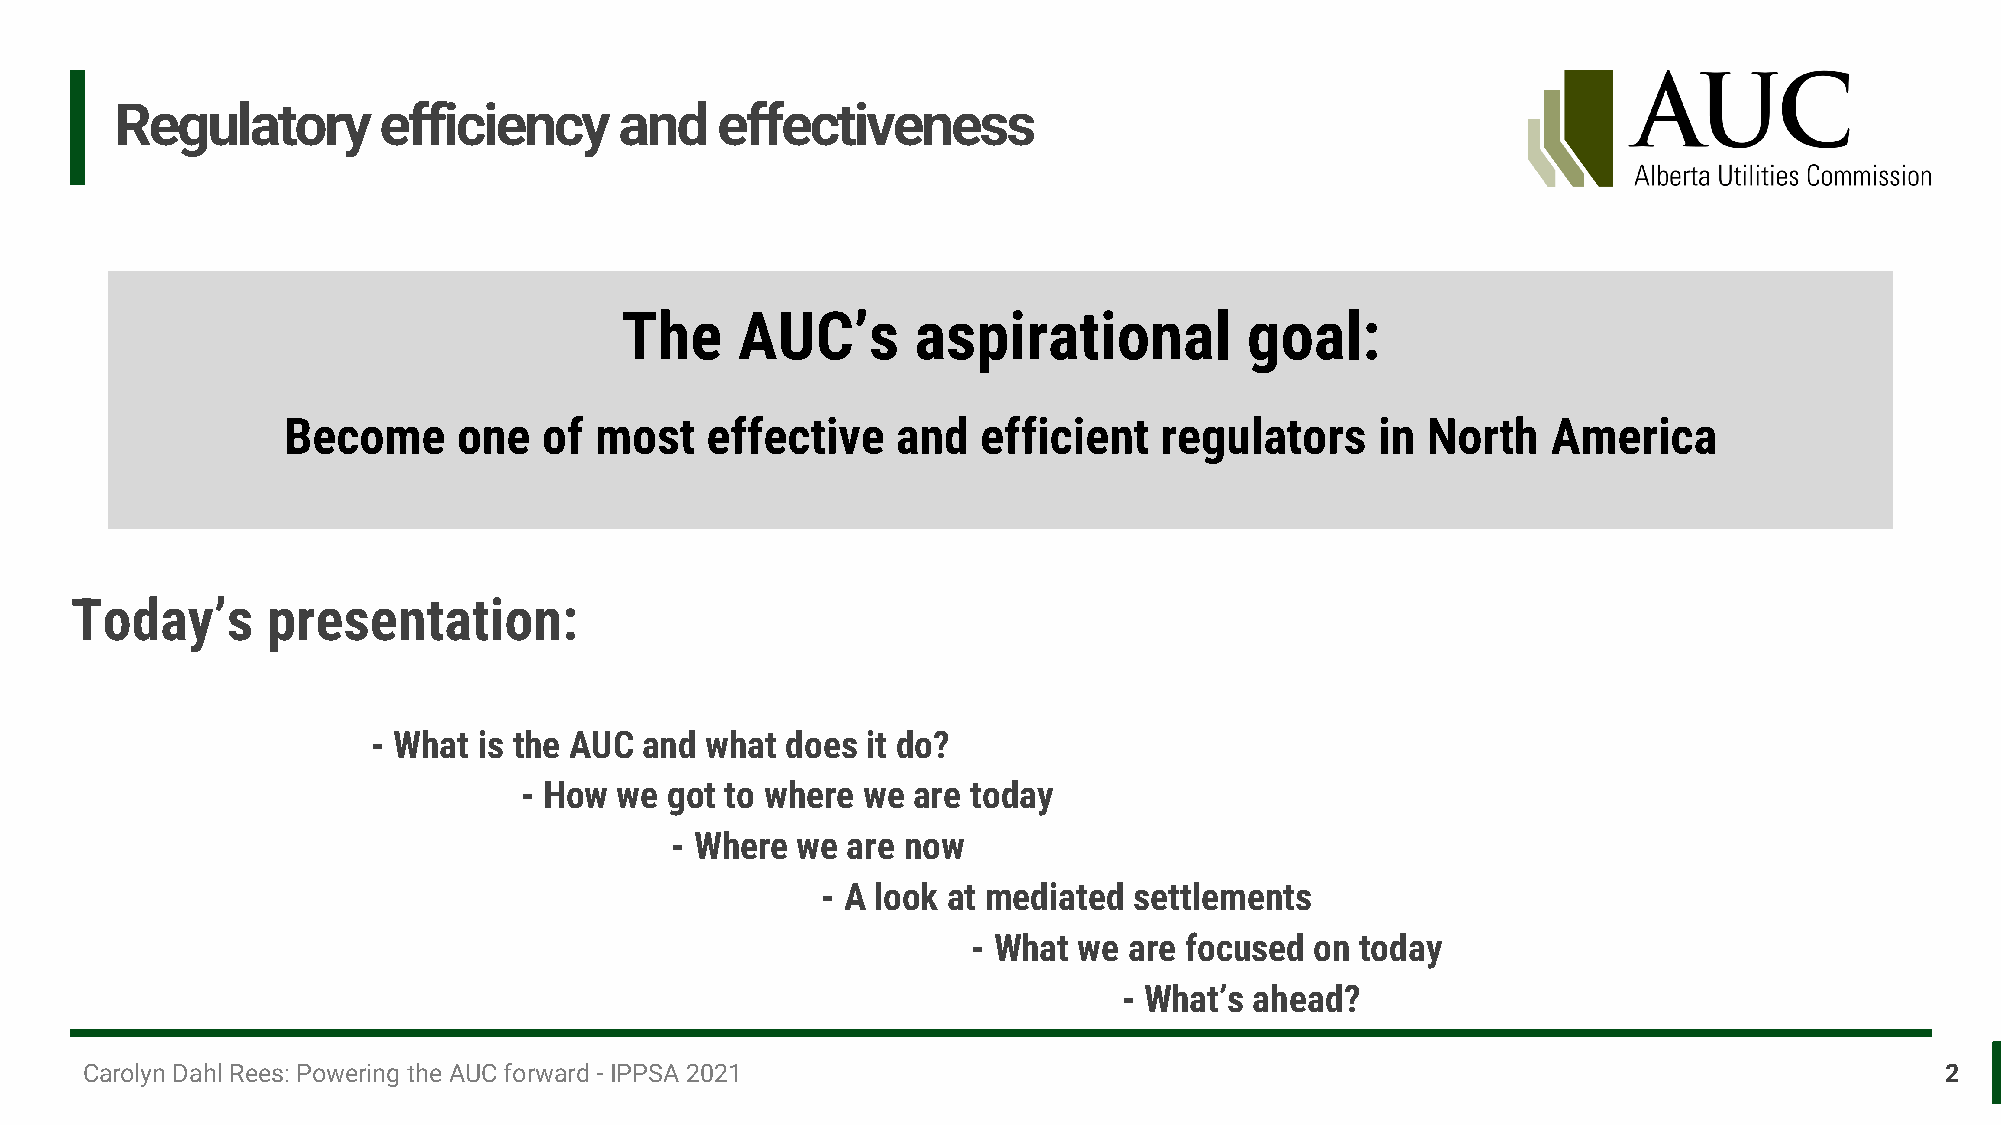
Regulatory       efficiency      and   effectiveness
 The     AUC’s       aspirational          goal:
 Become     one   of most    effective   and   efficient   regulators    in North    America
 Today’s      presentation:
 - What is the AUC and what does it do?
 - How  we got to where we are today
 - Where  we are now
 - A look at mediated settlements
 - What we  are focused on today
 - What’s ahead?
 Carolyn Dahl Rees: Powering the AUC forward - IPPSA 2021                                                                    2